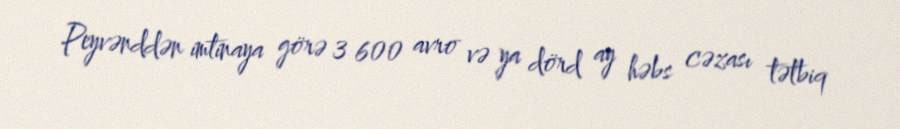
Peyvənddən imtinaya görə 3 600 avro və ya dörd ay həbs cəzası tətbiq